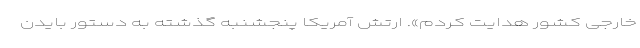
خارجی کشور هدایت کردم». ارتش آمریکا پنجشنبه گذشته به دستور بایدن